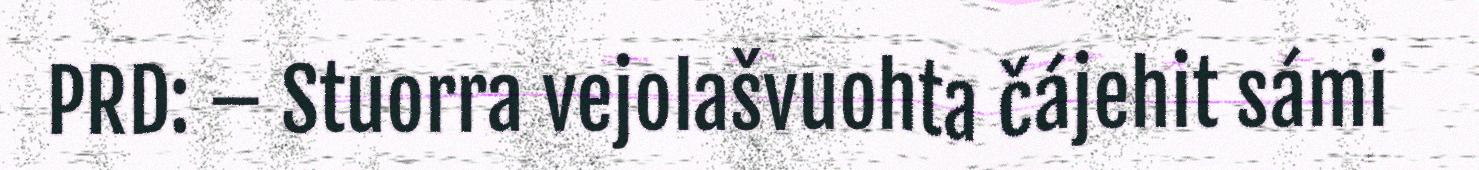
PRD: – Stuorra vejolašvuohta čájehit sámi